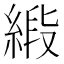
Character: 𦂰